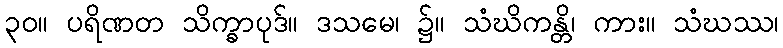
၃၀။ ပရိဏတ သိက္ခာပုဒ်။ ဒသမေ၊ ၌။ သံဃိကန္တိ၊ ကား။ သံဃဿ၊